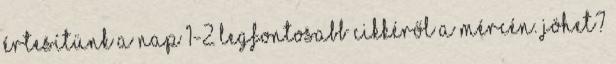
értesítünk a nap 1-2 legfontosabb cikkéről a Mércén. Jöhet?